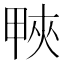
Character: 𤲍